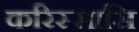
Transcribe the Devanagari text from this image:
करिस्सासि